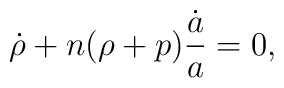
\dot{\rho}+n(\rho+p){\dot{a}\over a}=0,